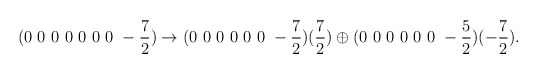
\begin{align*}(0~0~0~0~0~0~0~-\frac{7}{2}) \rightarrow (0~0~0~0~0~0~-\frac{7}{2})(\frac{7}{2})\oplus(0~0~0~0~0~0~-\frac{5}{2})(-\frac{7}{2}).\end{align*}